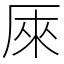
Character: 𠩬